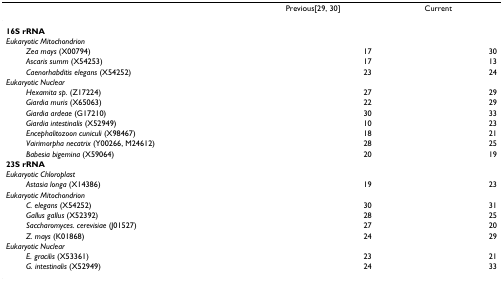
|  | Previous[29, 30] | Current |
 | --- | --- | --- |
 | 16S rRNA |  |  |
 | Eukaryotic Mitochondrion |  |  |
 | Zea mays (X00794) | 17 | 30 |
 | Ascaris summ (X54253) | 17 | 13 |
 | Caenorhabditis elegans (X54252) | 23 | 24 |
 | Eukaryotic Nuclear |  |  |
 | Hexamita sp. (Z17224) | 27 | 29 |
 | Giardia muris (X65063) | 22 | 29 |
 | Giardia ardeae (G17210) | 30 | 33 |
 | Giardia intestinalis (X52949) | 10 | 23 |
 | Encephalitozoon cuniculi (X98467) | 18 | 21 |
 | Vairimorpha necatrix (Y00266, M24612) | 28 | 25 |
 | Babesia bigemina (X59064) | 20 | 19 |
 | 23S rRNA |  |  |
 | Eukaryotic Chloroplast |  |  |
 | Astasia longa (X14386) | 19 | 23 |
 | Eukaryotic Mitochondrion |  |  |
 | C. elegans (X54252) | 30 | 31 |
 | Gallus gallus (X52392) | 28 | 25 |
 | Saccharomyces. cerevisiae (J01527) | 27 | 20 |
 | Z. mays (K01868) | 24 | 29 |
 | Eukaryotic Nuclear |  |  |
 | E. gracilis (X53361) | 23 | 21 |
 | G. intestinalis (X52949) | 24 | 33 |